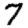
Digit: 7